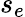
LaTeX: s_{e}